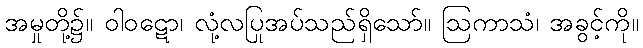
အမှုတို့၌။ ဝါဝဋော၊ လုံ့လပြုအပ်သည်ရှိသော်။ ဩကာသံ၊ အခွင့်ကို။